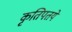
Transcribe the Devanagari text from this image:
कृतिपतये